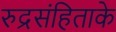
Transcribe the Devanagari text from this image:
रुद्रसंहिताके